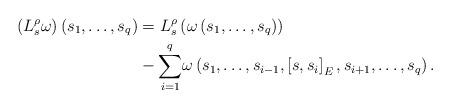
LaTeX: \begin{align*}\left( L_{s}^{\rho}\omega\right) \left( s_{1},\dots,s_{q}\right) &=L_{s}^{\rho}\left( \omega\left( s_{1},\dots,s_{q}\right) \right)\\& -{\sum\limits_{i=1}^{q}}\omega\left( s_{1},\dots,s_{i-1},\left[s,s_{i}\right] _{E},s_{i+1},\dots,s_{q}\right).\end{align*}